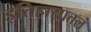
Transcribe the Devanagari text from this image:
इतिहासातलं